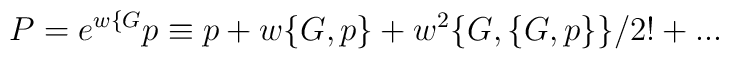
P= e^{w\{G} p \equiv  p +w \{G,p\} + w^2 \{G,\{G,p\}\}/2!+...